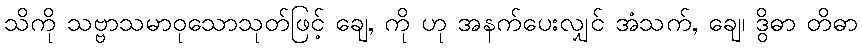
သိကို သဗ္ဗာသမာဝုသောသုတ်ဖြင့် ချေ, ကို ဟု အနက်ပေးလျှင် အံသက်, ချေ၊ ဒွိဓာ တိဓာ